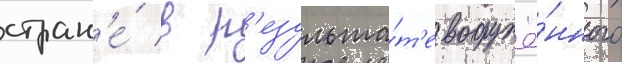
стран'е́ в р'езульта́т'е вооружё́нного